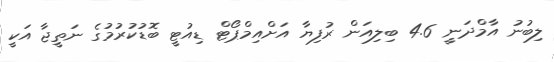
ލިބުނު އާމްދަނީ 4.6 ބިލިއަން ރުފިޔާ އަށްއިމްޕޯޓް ޑިއުޓީ ބޮޑުކުރުމުގެ ނަތީޖާ އަކީ